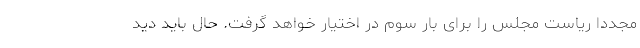
مجددا ریاست مجلس را برای بار سوم در اختیار خواهد گرفت. حال باید دید